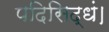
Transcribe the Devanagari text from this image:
पदिसिद्धं।